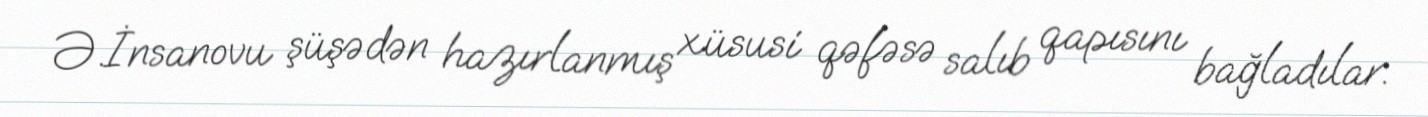
Ə.İnsanovu şüşədən hazırlanmış xüsusi qəfəsə salıb qapısını bağladılar.